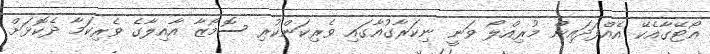
އޯޓޭގާއެކޭ އެއްފަދައިން މުރިއްލޯ ވަނީ ނިކަރާގުއާގައި ވެރިކަންކުރި ސޮމޯޒާ އާއިލާގެ ވެރިކަމާ ދެކޮޅަށް